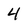
Character: 4